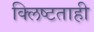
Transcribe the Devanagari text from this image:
क्लिष्टताही